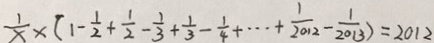
\frac { 1 } { x } \times ( 1 - \frac { 1 } { 2 } + \frac { 1 } { 2 } - \frac { 1 } { 3 } + \frac { 1 } { 3 } - \frac { 1 } { 4 } + \cdots + \frac { 1 } { 2 0 1 2 } - \frac { 1 } { 2 0 1 3 } ) = 2 0 1 2